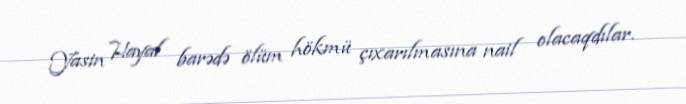
Yasin Hayal barədə ölüm hökmü çıxarılmasına nail olacaqdılar.